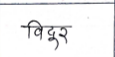
मजकूर: विदुर